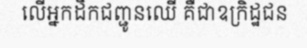
លើអ្នកដឹកជញ្ជូនឈើ គឺជាឧក្រិដ្ឋជន